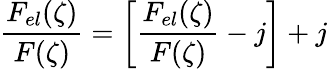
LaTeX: \frac{F_{el}(\zeta)}{F(\zeta)}=\left[\frac{F_{el}(\zeta)}{F(\zeta)}-j\right]+j